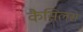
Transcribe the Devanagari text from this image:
कैसिलस